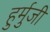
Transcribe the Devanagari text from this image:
हुर्मुजी